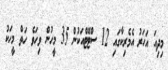
މިދިއަ އަހަރު އެމެރިކާގައި 12 ސްޓޭޓްއަކުން 35 މީހުން ވިހަވެ ހަތް މީހަކު